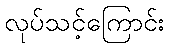
လုပ်သင့်ကြောင်း